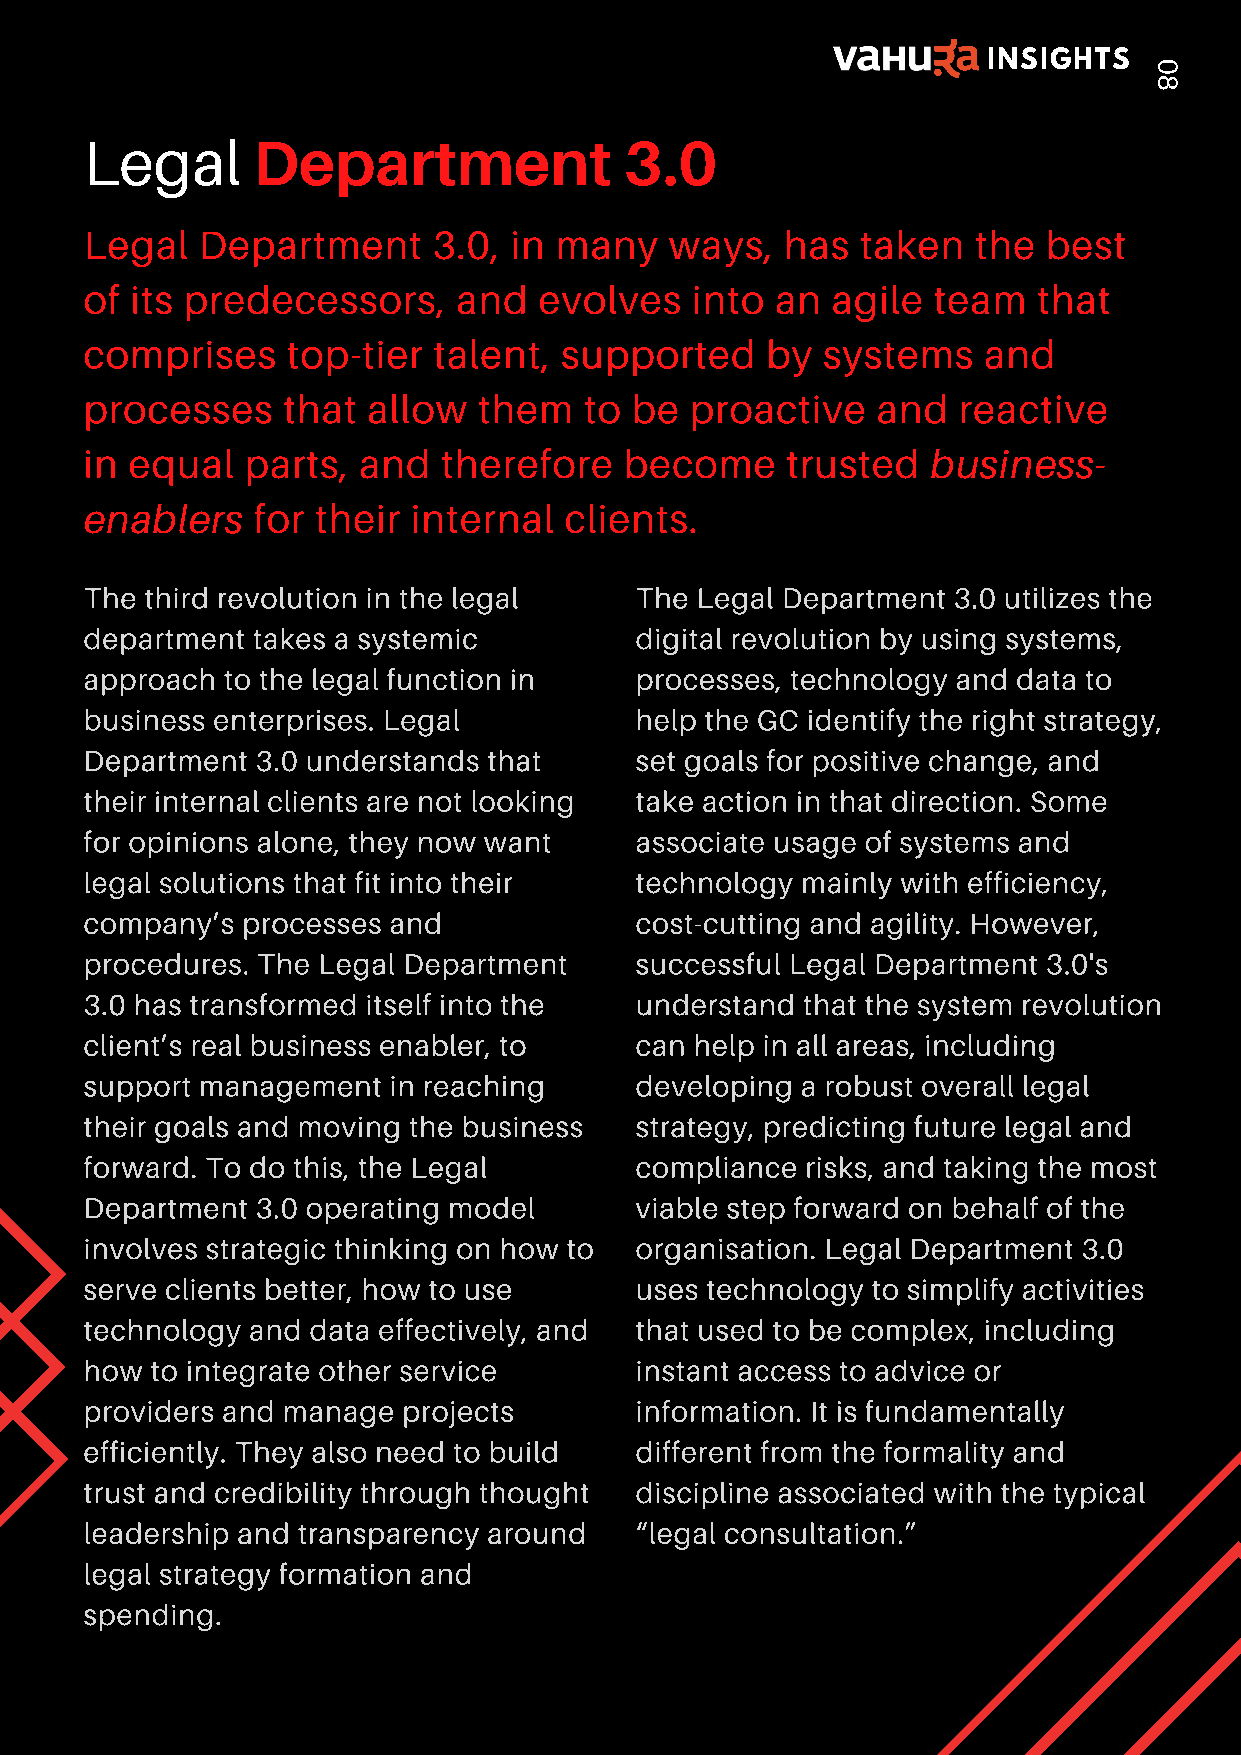
INSIGHTS
 0
 8
 Legal
 Department              3.0
 Legal  Department      3.0, in many   ways,   has  taken   the best
 of its predecessors,    and   evolves   into an  agile  team   that
 comprises    top-tier  talent, supported     by systems    and
 processes    that allow   them   to be  proactive   and  reactive
 in equal  parts,  and  therefore   become     trusted
 business-
 for their internal  clients.
 enablers
 The third revolution in the legal   The Legal Department 3.0 utilizes the
 department takes a systemic         digital revolution by using systems,
 approach to the legal function in   processes, technology and data to
 business enterprises. Legal         help the GC identify the right strategy,
 Department 3.0 understands that     set goals for positive change, and
 their internal clients are not looking take action in that direction. Some
 for opinions alone, they now want   associate usage of systems and
 legal solutions that fit into their technology mainly with efficiency,
 company’s processes and             cost-cutting and agility. However,
 procedures. The Legal Department    successful Legal Department 3.0's
 3.0 has transformed itself into the understand that the system revolution
 client’s real business enabler, to  can help in all areas, including
 support management  in reaching     developing a robust overall legal
 their goals and moving the business strategy, predicting future legal and
 forward. To do this, the Legal      compliance risks, and taking the most
 Department 3.0 operating model      viable step forward on behalf of the
 involves strategic thinking on how to organisation. Legal Department 3.0
 serve clients better, how to use    uses technology to simplify activities
 technology and data effectively, and that used to be complex, including
 how to integrate other service      instant access to advice or
 providers and manage projects       information. It is fundamentally
 efficiently. They also need to build different from the formality and
 trust and credibility through thought discipline associated with the typical
 leadership and transparency around  “legal consultation.”
 legal strategy formation and
 spending.